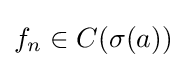
f_{n}\in C(\sigma (a))